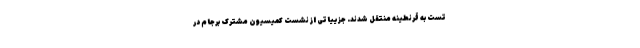
تست به قرنطینه منتقل شدند. جزییاتی از نشست کمیسیون مشترک برجام در